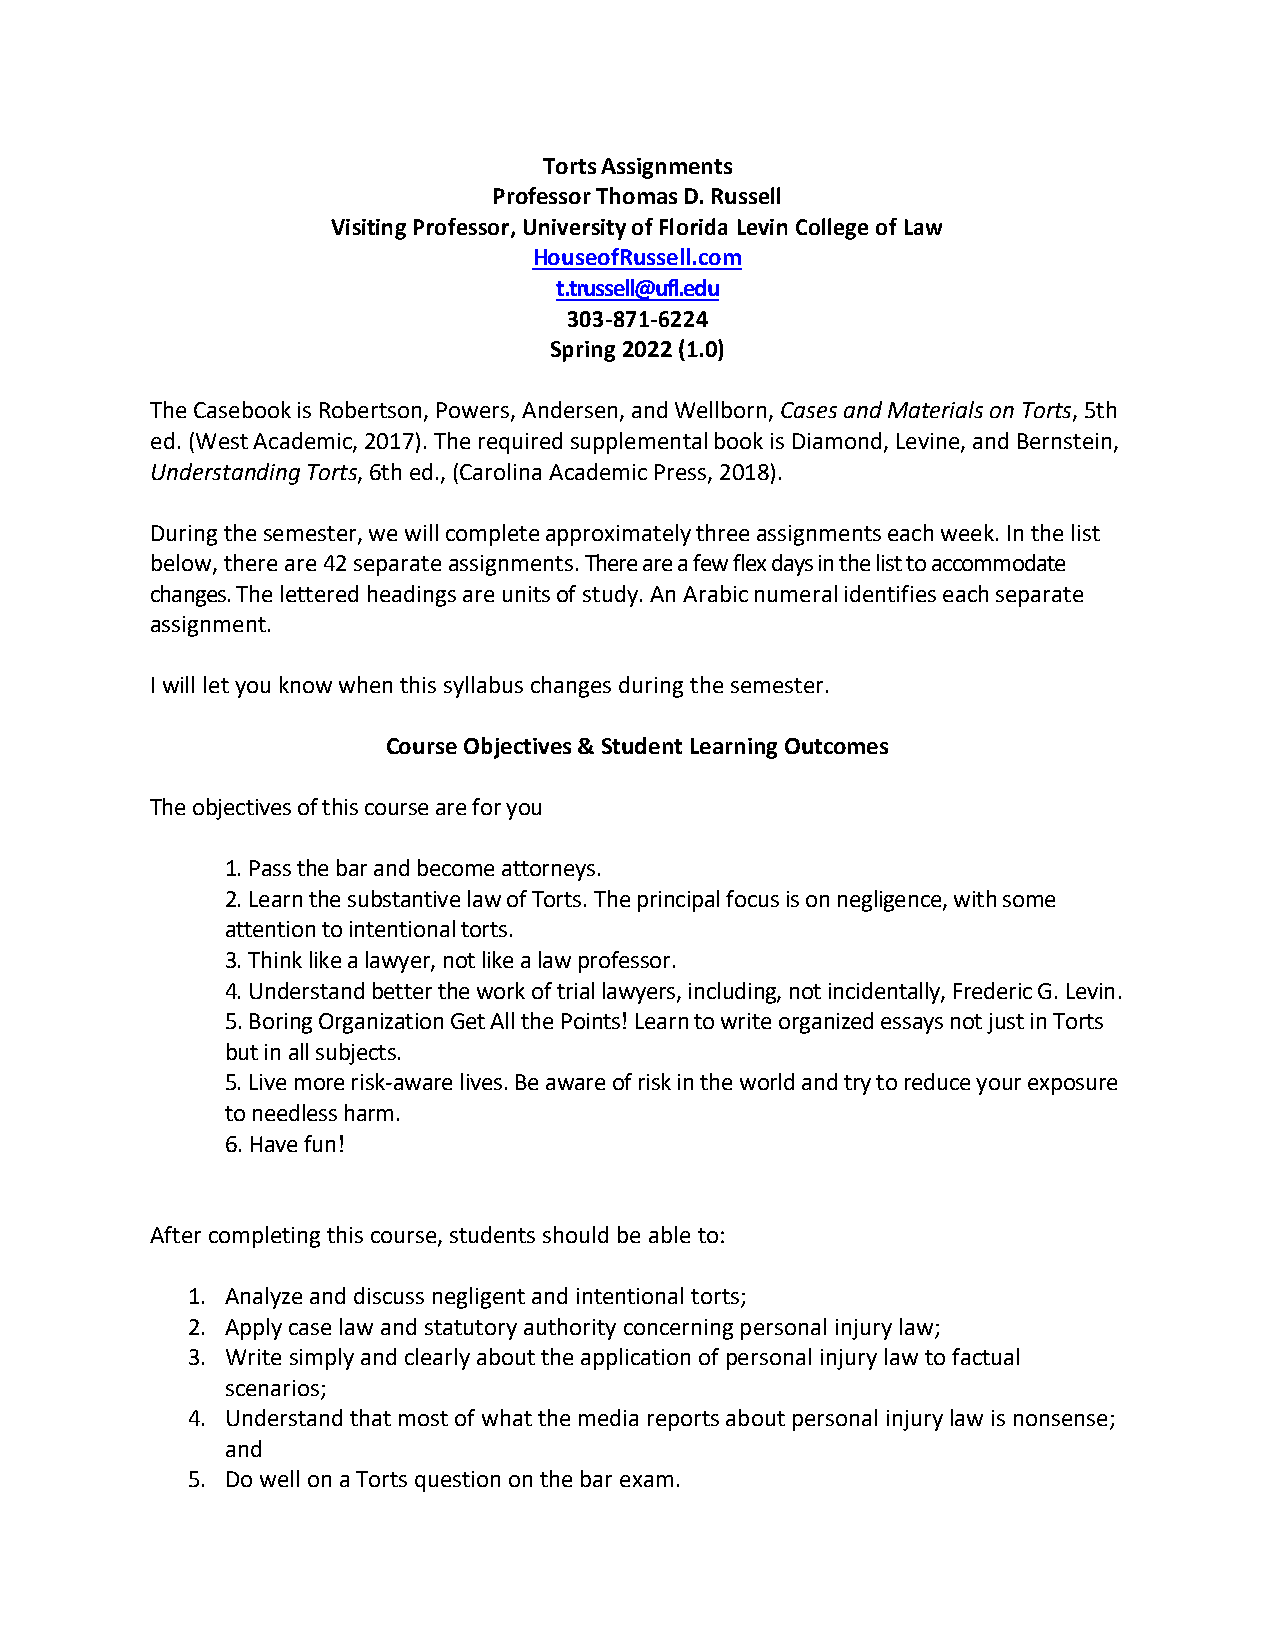
Torts Assignments
 Professor Thomas D. Russell
 Visiting Professor, University of Florida Levin College of Law
 HouseofRussell.com
 t.trussell@ufl.edu
 303-871-6224
 Spring 2022 (1.0)
 The Casebook is Robertson, Powers, Andersen, and Wellborn, Cases and Materials on Torts, 5th
 ed. (West Academic, 2017). The required supplemental book is Diamond, Levine, and Bernstein,
 Understanding Torts, 6th ed., (Carolina Academic Press, 2018).
 During the semester, we will complete approximately three assignments each week. In the list
 below, there are 42 separate assignments. There are a few flex days in the list to accommodate
 changes. The lettered headings are units of study. An Arabic numeral identifies each separate
 assignment.
 I will let you know when this syllabus changes during the semester.
 Course Objectives & Student Learning Outcomes
 The objectives of this course are for you
 1. Pass the bar and become attorneys.
 2. Learn the substantive law of Torts. The principal focus is on negligence, with some
 attention to intentional torts.
 3. Think like a lawyer, not like a law professor.
 4. Understand better the work of trial lawyers, including, not incidentally, Frederic G. Levin.
 5. Boring Organization Get All the Points! Learn to write organized essays not just in Torts
 but in all subjects.
 5. Live more risk-aware lives. Be aware of risk in the world and try to reduce your exposure
 to needless harm.
 6. Have fun!
 After completing this course, students should be able to:
 1. Analyze and discuss negligent and intentional torts;
 2. Apply case law and statutory authority concerning personal injury law;
 3. Write simply and clearly about the application of personal injury law to factual
 scenarios;
 4. Understand that most of what the media reports about personal injury law is nonsense;
 and
 5. Do well on a Torts question on the bar exam.